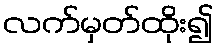
လက်မှတ်ထိုး၍